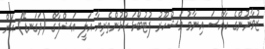
ޒުވާނުންގެ ހާއްސަ އިނާމު މަޝްހޫރު ފުޓުބޯޅަ ކުުޅުންތެރިޔާ އަލީ އަޝްފާގް (ދަގަނޑޭ) އަށް